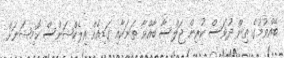
ބޭއްވުމުގެ ތިން ދުވަސް ކުރިން ޖަލްސާ ބާއްވާ ތަނަކާއި ގަޑިއެއް އިލެކްޝަންސް ކޮމިޝަނަށް